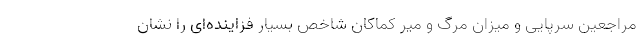
مراجعین سرپایی و میزان مرگ و میر کماکان شاخص بسیار فزاینده‌ای را نشان